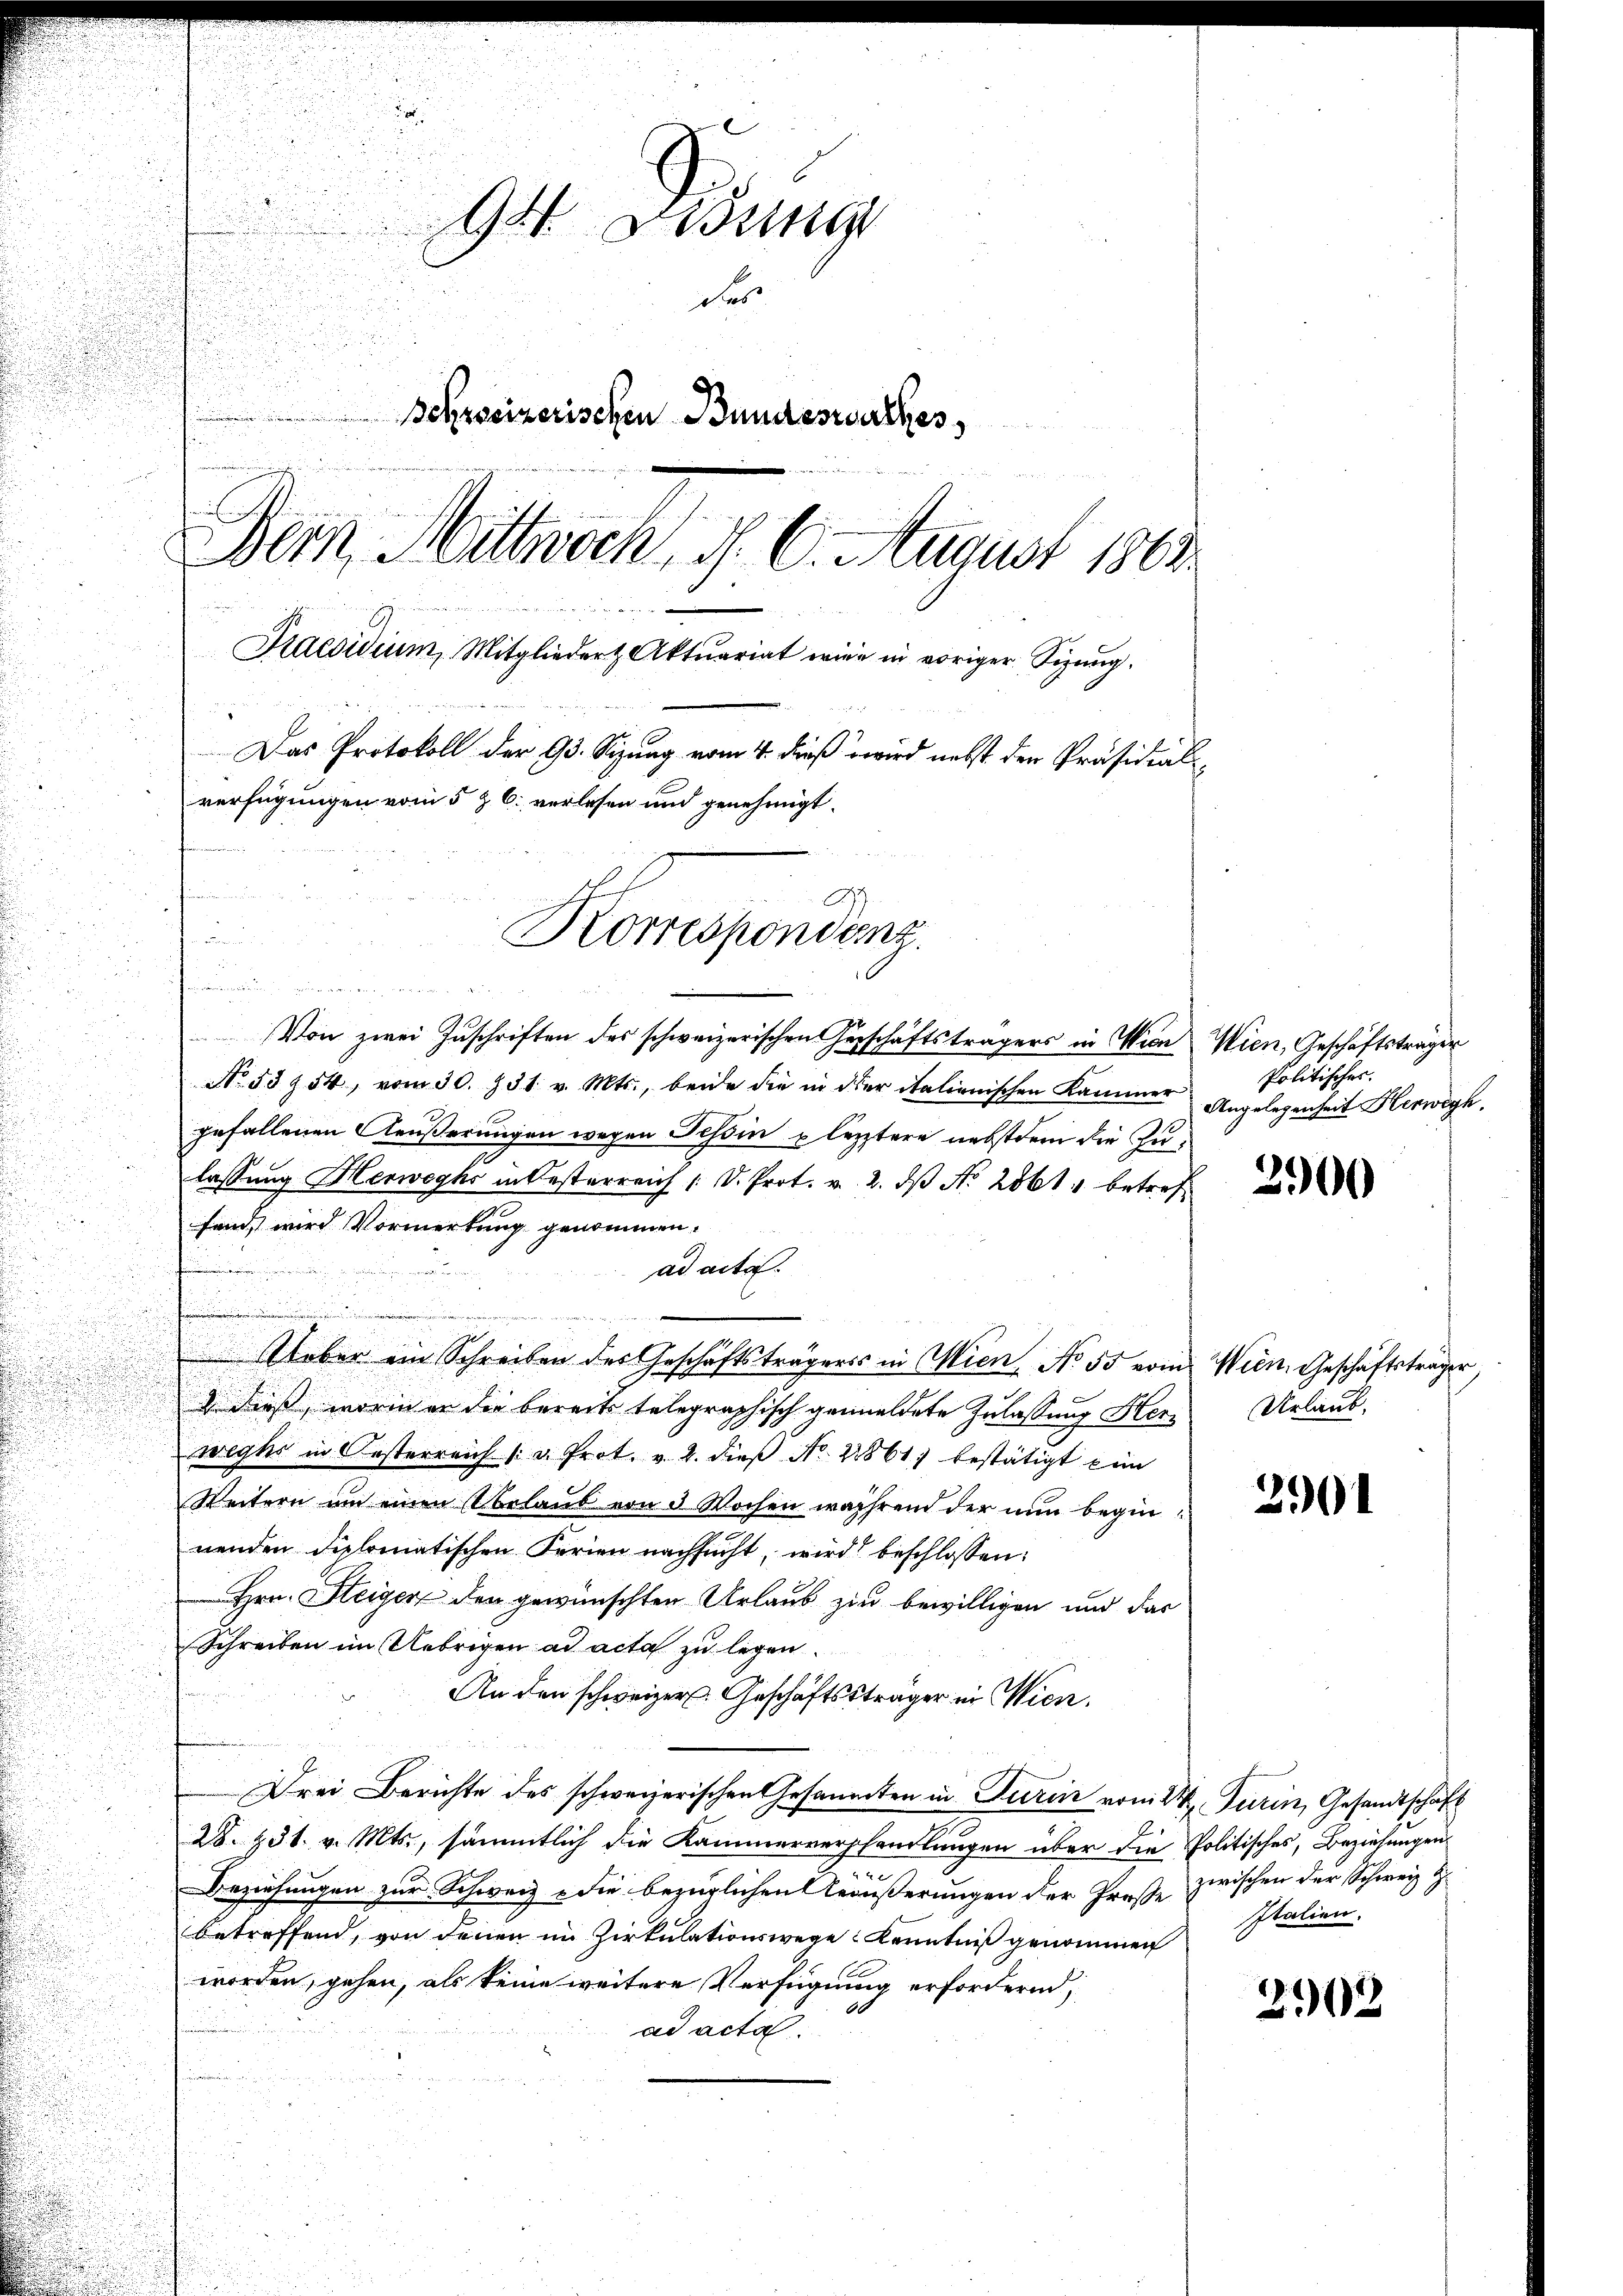
u

Von zwei Zŭschriften des schweizerischen Geschäftsträgers in Wien Wien, Geschäftsträger
No. 53 § 54, vom 30. 731. v. Mts., beide die in der italienischen Kammer
gefallenen Aeußerungen wegen Tessin pletztere nebstdem die Zulassung Herweyhs in Oesterreich / D. Prot. v. 2. dβ No. 2061 betreffand, wird Vormerkung genommen.
ad acta
 x Frau

.
Ueber ein Schreiben des Geschäftsträgers in Wien, No 55 vom Wien, Geschäftsträger
d dieß, worin er die bereits telegraphisch gemeldete Zulassung Her
wegs in Oesterreich /: u. Prot. v. 2. dieβ No. 21861 bestätigt ein
Weitern um einen belaub von 3 Wochen während der nun beginnenden diplomatischen Ferien nachsucht, wird beschlossen:
Hrn. Steiger den gewünschten Urlaub zu bewilligen und das
Schreiben im Uebrigen ad acta zu legen.
An den schweizer Geschäftssträger in Wien.
Drei Berichte des schweizerischen Gesammten in Turin vom 2t Turin, Gesandtschaft
28. 431. v. Mts., sämmtlich die Kammerverhandlungen über die Politisches, Beziehungen
Beziehungen zur Schweiz u die bezüglichen geäußerungen der Große zwischen der Schweiz Z.
betreffend, von denen im Zirkulationswege Kenntniß genommen
worden, gehen, als keine weitere Verfügung erfordernd,
0
ad acta.

94 un
der
Behrseizerischen Bundeswurhes,
Dein Mittwoch . . . 6. August 1800

Praesidium, Mitgliedert Aktuariat wie in voriger Sizung.
Das Protokoll der 93. Sizung vom 4. dieß wird nebst den Präsidial-
verfügungen vom 5 & 6. verlesen und genehmigt.

dner die
.

Korrespondenz

Politisches.
Angelegenheit Herwegh.

2900

Urlaub.

2901

Italien.

2902